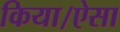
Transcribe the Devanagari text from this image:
किया।ऐसा